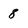
Character: 8